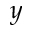
\boldsymbol { y }